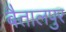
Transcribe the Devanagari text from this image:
बैतालपुर